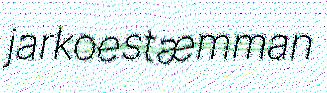
jarkoestæmman